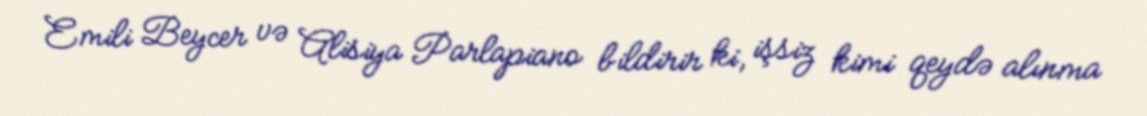
Emili Beycer və Alisiya Parlapiano bildirir ki, işsiz kimi qeydə alınma